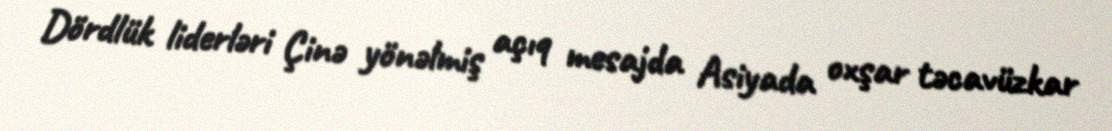
Dördlük liderləri Çinə yönəlmiş açıq mesajda Asiyada oxşar təcavüzkar